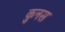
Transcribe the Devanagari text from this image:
कुनस